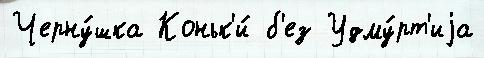
Черну́шка Коньк'и́ б'ез Удму́рт'иjа